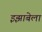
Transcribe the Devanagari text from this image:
इझाबेला